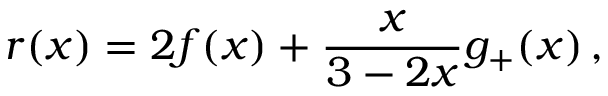
r ( x ) = 2 f ( x ) + \frac { x } { 3 - 2 x } g _ { + } ( x ) \, ,